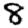
Digit: 8